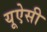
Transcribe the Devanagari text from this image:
यूऐसी